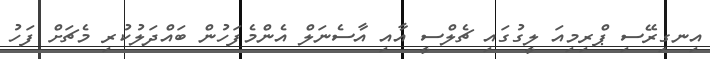
އިނގިރޭސި ޕްރިމިއަ ލީގުގައި ޗެލްސީ އާއި އާސެނަލް އެންމެފަހުން ބައްދަލުކުރި މެޗަށް ފަހު